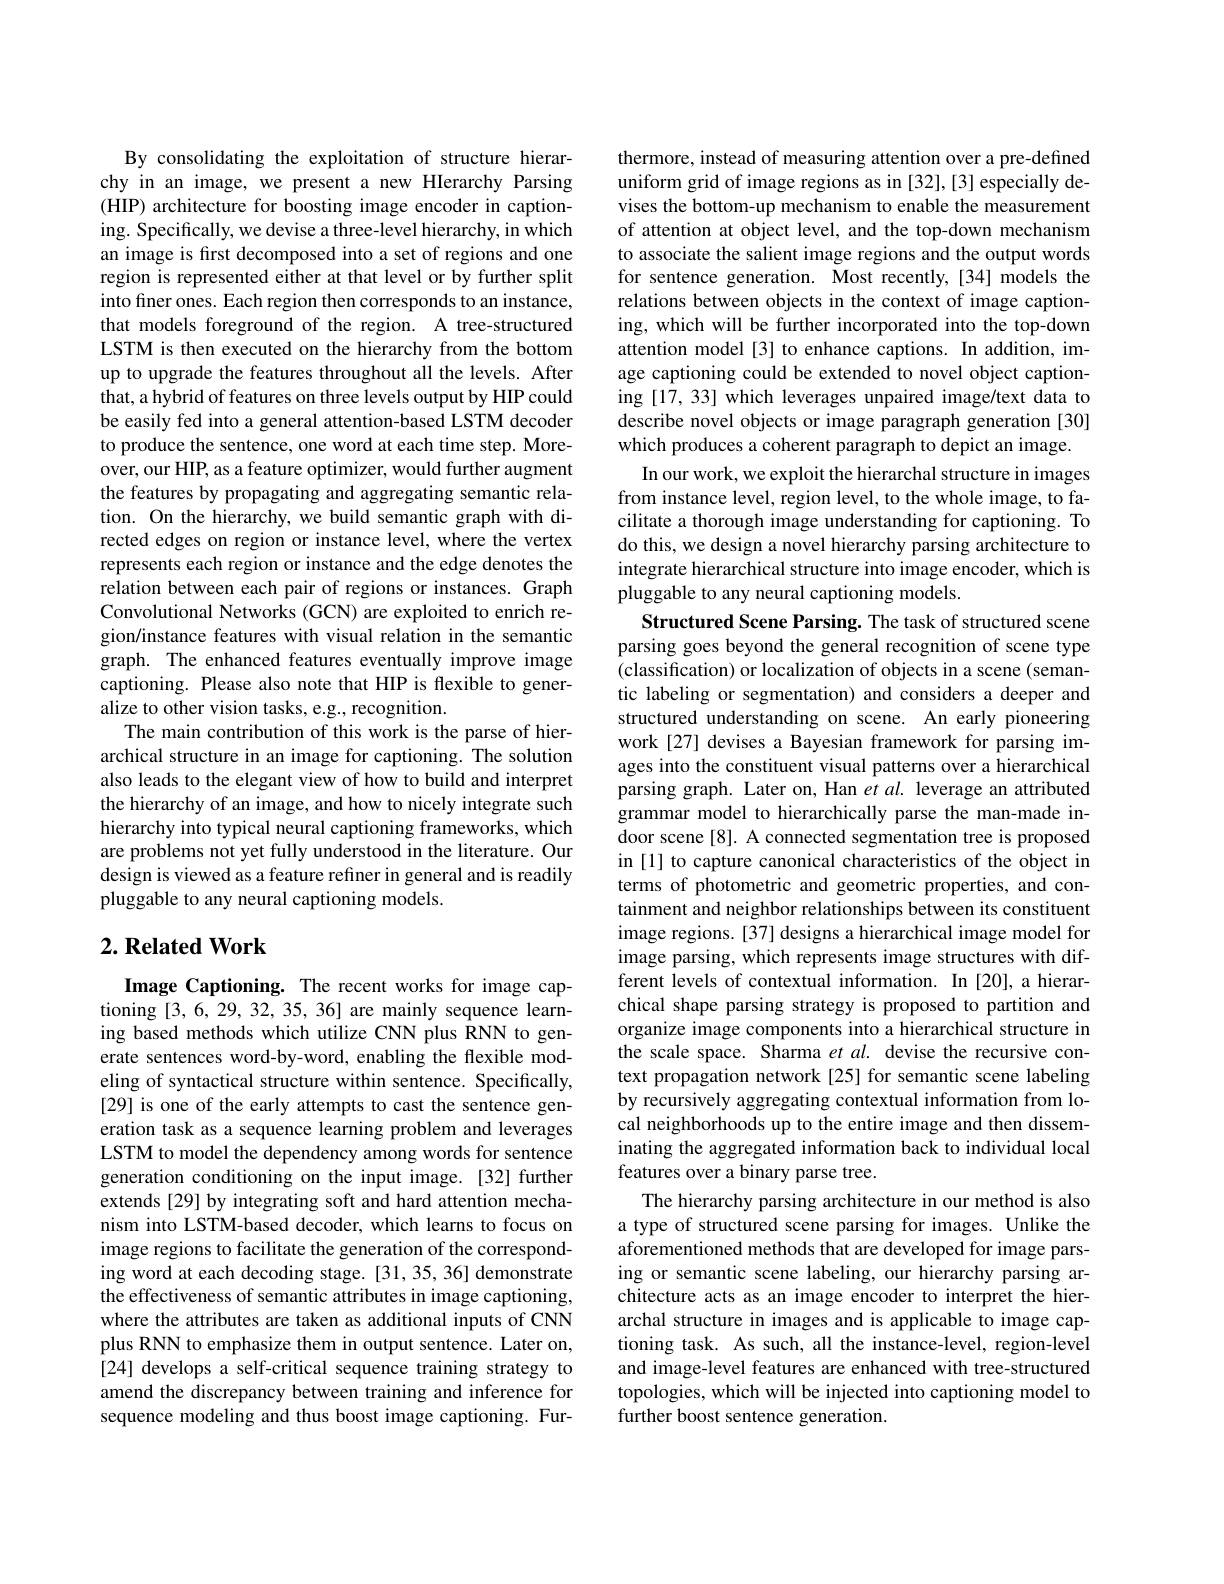
By consolidating the exploitation of structure hierarchy in an image, we present a new HIerarchy Parsing (HIP) architecture for boosting image encoder in captioning. Specifically, we devise a three-level hierarchy, in which an image is first decomposed into a set of regions and one region is represented either at that level or by further split into finer ones. Each region then corresponds to an instance, that models foreground of the region. A tree-structured LSTM is then executed on the hierarchy from the bottom up to upgrade the features throughout all the levels. After that, a hybrid of features on three levels output by HIP could be easily fed into a general attention-based LSTM decoder to produce the sentence, one word at each time step. Moreover, our HIP, as a feature optimizer, would further augment the features by propagating and aggregating semantic relation. On the hierarchy, we build semantic graph with directed edges on region or instance level, where the vertex represents each region or instance and the edge denotes the relation between each pair of regions or instances. Graph Convolutional Networks (GCN) are exploited to enrich region/instance features with visual relation in the semantic graph. The enhanced features eventually improve image captioning. Please also note that HIP is flexible to generalize to other vision tasks, e.g., recognition.
The main contribution of this work is the parse of hierarchical structure in an image for captioning. The solution also leads to the elegant view of how to build and interpret the hierarchy of an image, and how to nicely integrate such hierarchy into typical neural captioning frameworks, which are problems not yet fully understood in the literature. Our design is viewed as a feature refiner in general and is readily pluggable to any neural captioning models.

## $2. \textbf{ Related Work}$

Image Captioning. The recent works for image captioning [3,6,29,32,35,36] are mainly sequence learning based methods which utilize CNN plus RNN to generate sentences word-by-word, enabling the flexible modeling of syntactical structure within sentence. Specifically, [29] is one of the early attempts to cast the sentence generation task as a sequence learning problem and leverages LSTM to model the dependency among words for sentence generation conditioning on the input image.[32] further extends [29] by integrating soft and hard attention mechanism into LSTM-based decoder, which learns to focus on image regions to facilitate the generation of the corresponding word at each decoding stage. [31, 35, 36] demonstrate the effectiveness of semantic attributes in image captioning, where the attributes are taken as additional inputs of CNN plus RNN to emphasize them in output sentence. Later on, [24] develops a self-critical sequence training strategy to amend the discrepancy between training and inference for sequence modeling and thus boost image captioning. Fur-

thermore, instead of measuring attention over a pre-defined uniform grid of image regions as in [32],[3] especially devises the bottom-up mechanism to enable the measurement of attention at object level, and the top-down mechanism to associate the salient image regions and the output words for sentence generation. Most recently,[34] models the relations between objects in the context of image captioning, which will be further incorporated into the top-down attention model [3] to enhance captions. In addition, image captioning could be extended to novel object captioning [17, 33] which leverages unpaired image/text data to describe novel objects or image paragraph generation [30] which produces a coherent paragraph to depict an image.
In our work, we exploit the hierarchal structure in images from instance level, region level, to the whole image, to facilitate a thorough image understanding for captioning. To do this, we design a novel hierarchy parsing architecture to integrate hierarchical structure into image encoder, which is pluggable to any neural captioning models.
Structured Scene Parsing. The task of structured scene parsing goes beyond the general recognition of scene type (classification) or localization of objects in a scene (semantic labeling or segmentation) and considers a deeper and structured understanding on scene. An early pioneering work[27] devises a Bayesian framework for parsing images into the constituent visual patterns over a hierarchical parsing graph. Later on, Han et al. leverage an attributed grammar model to hierarchically parse the man-made indoor scene [8]. A connected segmentation tree is proposed in [1] to capture canonical characteristics of the object in terms of photometric and geometric properties, and containment and neighbor relationships between its constituent image regions.[37] designs a hierarchical image model for image parsing, which represents image structures with different levels of contextual information. In [20], a hierarchical shape parsing strategy is proposed to partition and organize image components into a hierarchical structure in the scale space. Sharma $etal.$ devise the recursive context propagation network [25] for semantic scene labeling by recursively aggregating contextual information from local neighborhoods up to the entire image and then disseminating the aggregated information back to individual local features over a binary parse tree.
The hierarchy parsing architecture in our method is also a type of structured scene parsing for images. Unlike the aforementioned methods that are developed for image parsing or semantic scene labeling, our hierarchy parsing architecture acts as an image encoder to interpret the hierarchal structure in images and is applicable to image captioning task. As such, all the instance-level, region-level and image-level features are enhanced with tree-structured topologies, which will be injected into captioning model to further boost sentence generation.